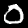
Label: 0